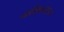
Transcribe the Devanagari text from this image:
नाशिकरोडचा